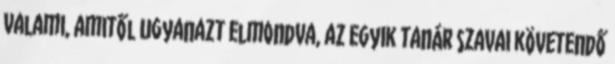
valami, amitől ugyanazt elmondva, az egyik tanár szavai követendő